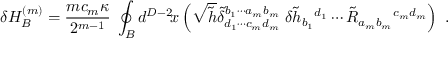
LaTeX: \delta H _ { B } ^ { ( m ) } = \frac { m c _ { m } \kappa } { 2 ^ { m - 1 } } \; \oint _ { B } d ^ { D - 2 } \! x \left( \sqrt { \tilde { h } } \tilde { \delta } _ { d _ { 1 } \cdots c _ { m } d _ { m } } ^ { b _ { 1 } \cdots a _ { m } b _ { m } } \; \delta \tilde { h } _ { b _ { 1 } } { } ^ { d _ { 1 } } \cdots \tilde { R } _ { a _ { m } b _ { m } } { } ^ { c _ { m } d _ { m } } \right) \ .